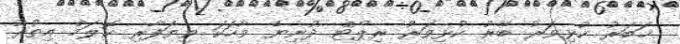
ޚަބަރު ކުޅިވަރު ބޭރު ކުޅިވަރު ރިޕޯޓް ދުނިޔެ ވާހަކަ ވިޔަފާރި ކޮލަމް އިތުރު